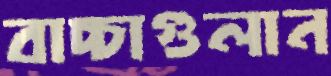
বাচ্চাগুলান